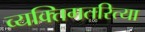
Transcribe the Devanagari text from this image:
व्यक्तिगतरित्या